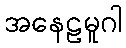
အနေဠမူဂါ